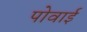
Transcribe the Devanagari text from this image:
पोवाई